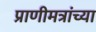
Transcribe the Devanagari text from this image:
प्राणीमत्रांच्या